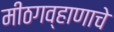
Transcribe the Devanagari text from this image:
मीठगव्हाणाचे